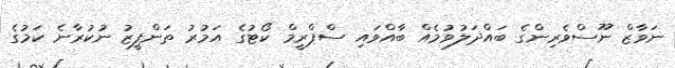
ނަވާޒް ނޫސްވެރިންގެ ބައްދަލުވުމެއް ބާއްވައި ސްޕްރީމް ކޯޓުގެ އަމުރު ތަންފީޒު ނުކުރާނެ ކަމުގެ